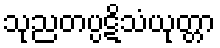
သုညတပ္ပဋိသံယုတ္တာ